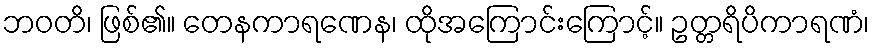
ဘဝတိ၊ ဖြစ်၏။ တေနကာရဏေန၊ ထိုအကြောင်းကြောင့်။ ဥတ္တရိပိကာရဏံ၊